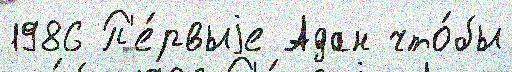
1986 П'е́рвыjе Адан что́бы